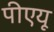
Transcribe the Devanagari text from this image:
पीएयू